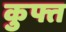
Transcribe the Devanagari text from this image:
कुफ्त